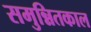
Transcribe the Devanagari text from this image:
समुन्नितकाल